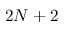
2 N + 2